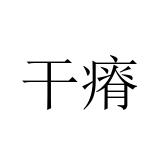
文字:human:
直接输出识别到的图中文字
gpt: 干瘠